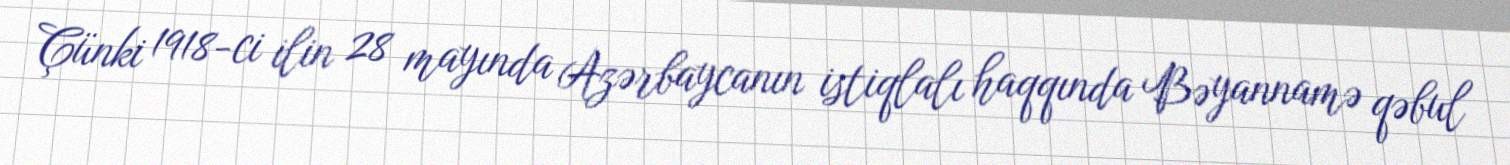
Çünki 1918-ci ilin 28 mayında Azərbaycanın istiqlalı haqqında Bəyannamə qəbul